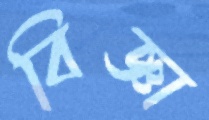
বিজ্ঞা